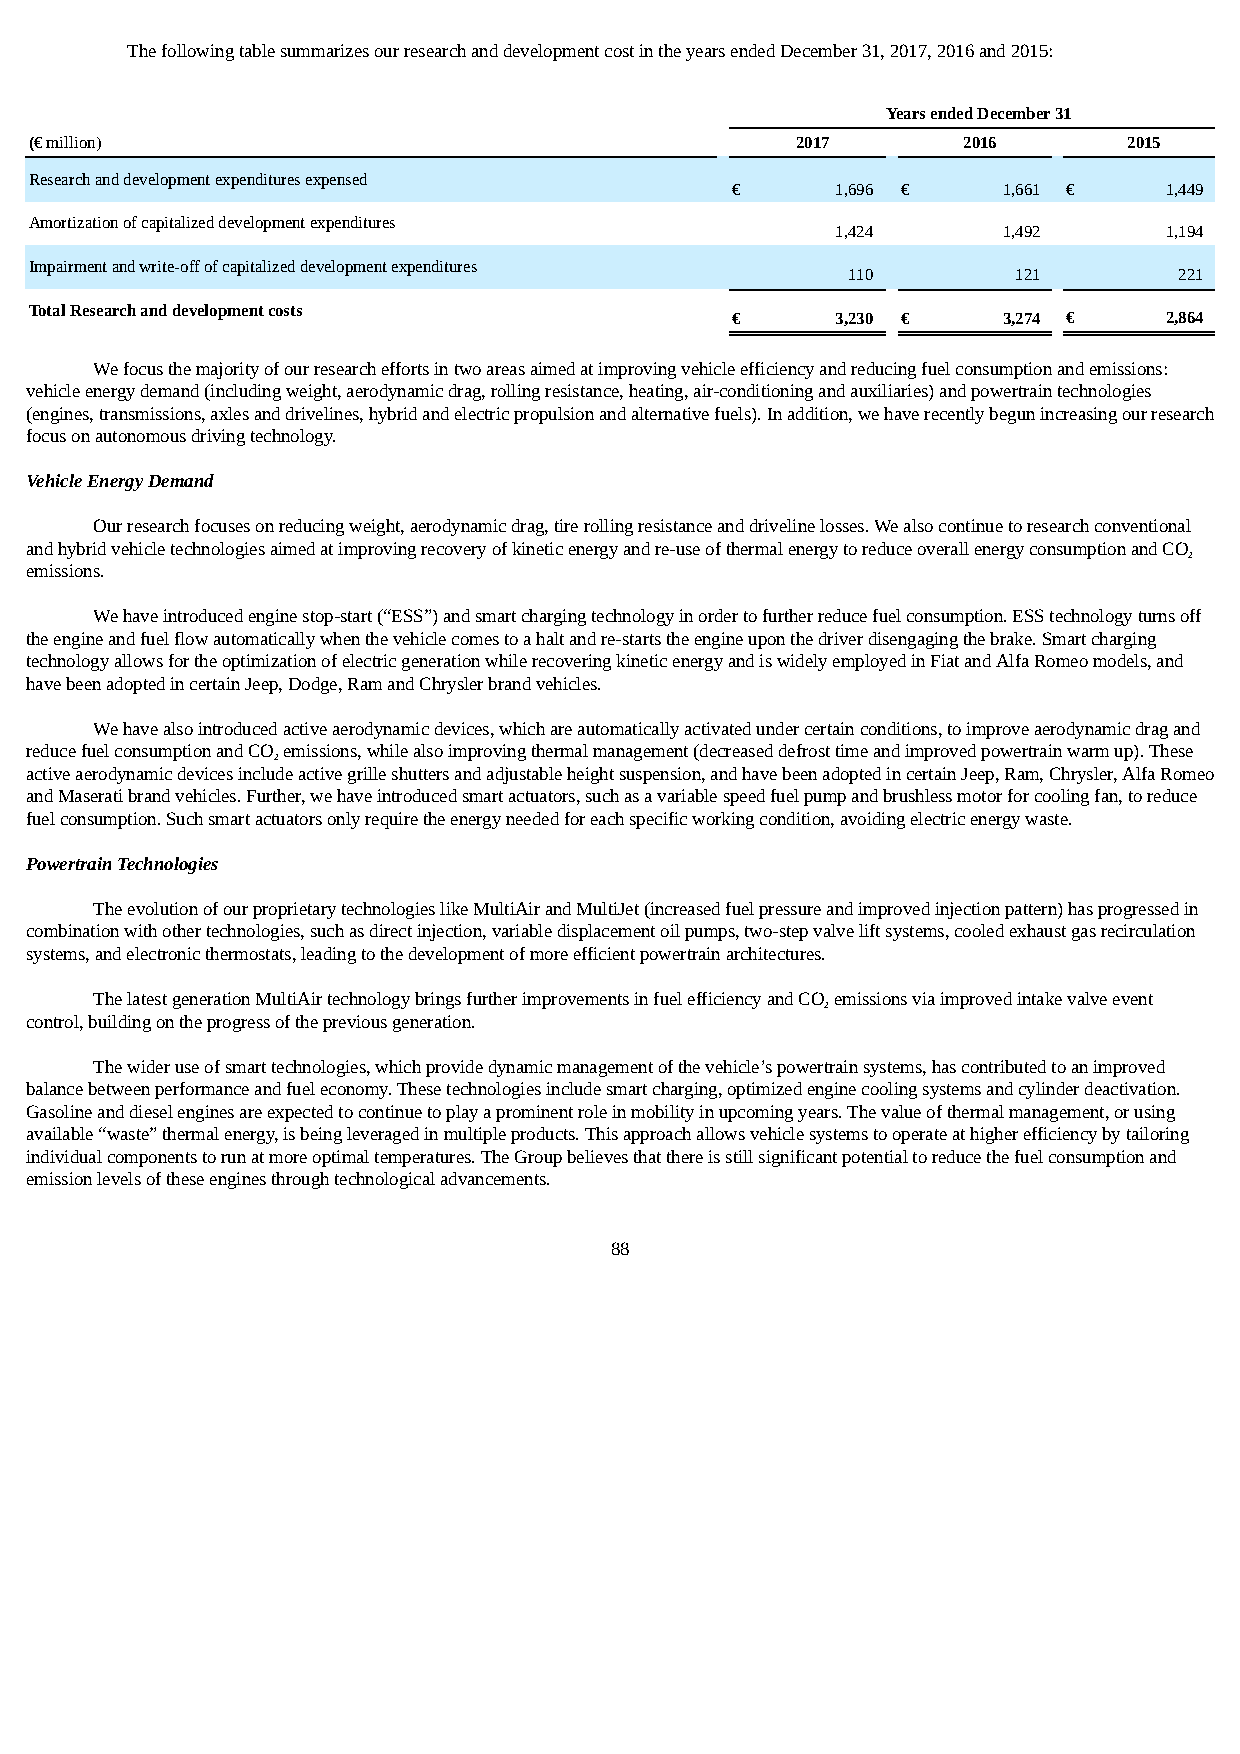
The following table summarizes our research and development cost in the years ended December 31, 2017, 2016 and 2015:
 Years ended December 31
 (€ million)                                        2017       2016       2015
 Research and development expenditures expensed
 €      1,696 €    1,661 €    1,449
 Amortization of capitalized development expenditures
 1,424      1,492      1,194
 Impairment and write-off of capitalized development expenditures
 110        121        221
 Total Research and development costs
 €      3,230 €    3,274 €    2,864
 We focus the majority of our research efforts in two areas aimed at improving vehicle efficiency and reducing fuel consumption and emissions:
 vehicle energy demand (including weight, aerodynamic drag, rolling resistance, heating, air-conditioning and auxiliaries) and powertrain technologies
 (engines, transmissions, axles and drivelines, hybrid and electric propulsion and alternative fuels). In addition, we have recently begun increasing our research
 focus on autonomous driving technology.
 Vehicle Energy Demand
 Our research focuses on reducing weight, aerodynamic drag, tire rolling resistance and driveline losses. We also continue to research conventional
 and hybrid vehicle technologies aimed at improving recovery of kinetic energy and re-use of thermal energy to reduce overall energy consumption and CO
 2
 emissions.
 We have introduced engine stop-start (“ESS”) and smart charging technology in order to further reduce fuel consumption. ESS technology turns off
 the engine and fuel flow automatically when the vehicle comes to a halt and re-starts the engine upon the driver disengaging the brake. Smart charging
 technology allows for the optimization of electric generation while recovering kinetic energy and is widely employed in Fiat and Alfa Romeo models, and
 have been adopted in certain Jeep, Dodge, Ram and Chrysler brand vehicles.
 We have also introduced active aerodynamic devices, which are automatically activated under certain conditions, to improve aerodynamic drag and
 reduce fuel consumption and CO emissions, while also improving thermal management (decreased defrost time and improved powertrain warm up). These
 2
 active aerodynamic devices include active grille shutters and adjustable height suspension, and have been adopted in certain Jeep, Ram, Chrysler, Alfa Romeo
 and Maserati brand vehicles. Further, we have introduced smart actuators, such as a variable speed fuel pump and brushless motor for cooling fan, to reduce
 fuel consumption. Such smart actuators only require the energy needed for each specific working condition, avoiding electric energy waste.
 Powertrain Technologies
 The evolution of our proprietary technologies like MultiAir and MultiJet (increased fuel pressure and improved injection pattern) has progressed in
 combination with other technologies, such as direct injection, variable displacement oil pumps, two-step valve lift systems, cooled exhaust gas recirculation
 systems, and electronic thermostats, leading to the development of more efficient powertrain architectures.
 The latest generation MultiAir technology brings further improvements in fuel efficiency and CO emissions via improved intake valve event
 2
 control, building on the progress of the previous generation.
 The wider use of smart technologies, which provide dynamic management of the vehicle’s powertrain systems, has contributed to an improved
 balance between performance and fuel economy. These technologies include smart charging, optimized engine cooling systems and cylinder deactivation.
 Gasoline and diesel engines are expected to continue to play a prominent role in mobility in upcoming years. The value of thermal management, or using
 available “waste” thermal energy, is being leveraged in multiple products. This approach allows vehicle systems to operate at higher efficiency by tailoring
 individual components to run at more optimal temperatures. The Group believes that there is still significant potential to reduce the fuel consumption and
 emission levels of these engines through technological advancements.
 88